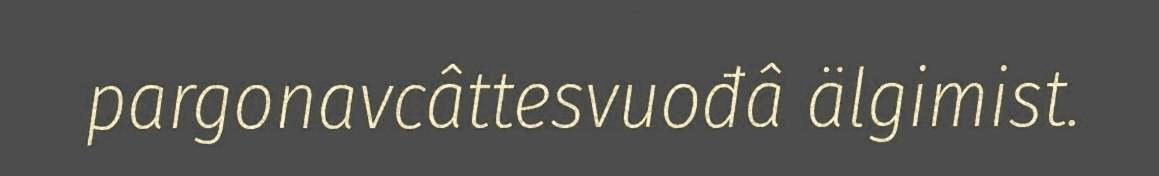
pargonavcâttesvuođâ älgimist.